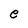
Character: e